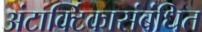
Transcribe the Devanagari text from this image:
अंटार्क्टिकासंबंधित